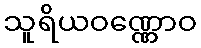
သူရိယဝဏ္ဏောဝ